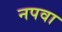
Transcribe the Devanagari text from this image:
नपवा